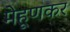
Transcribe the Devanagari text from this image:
मेहूणकर